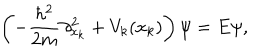
LaTeX: \left( - { \frac { \hbar ^ { 2 } } { 2 m } } \partial _ { x _ { k } } ^ { 2 } + V _ { k } ( x _ { k } ) \right) \psi = E \psi ,